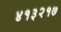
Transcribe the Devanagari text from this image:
४१३२१७